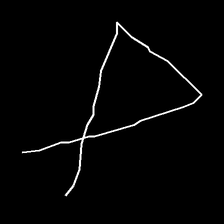
Glyph: collection